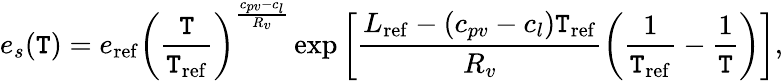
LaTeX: e_{s}(\mathtt{T})=e_{\mathrm{{ref}}}\left(\frac{{\mathtt{T}}}{{\mathtt{T}_{\mathrm{{ref}}}}}\right)^{\frac{{c_{pv}-c_{l}}}{{R_{v}}}}\exp\left[\frac{{L_{\mathrm{{ref}}}-(c_{pv}-c_{l})\mathtt{T}_{\mathrm{{ref}}}}}{{R_{v}}}\left(\frac{{1}}{{\mathtt{T}_{\mathrm{{ref}}}}}-\frac{{1}}{{\mathtt{T}}}\right)\right],